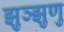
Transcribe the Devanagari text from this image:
झुञ्झुणु